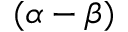
( \alpha - \beta )